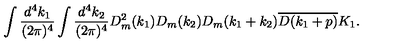
\begin{array} { c } { \displaystyle \int \frac { d ^ { 4 } k _ { 1 } } { ( 2 \pi ) ^ { 4 } } \int \frac { d ^ { 4 } k _ { 2 } } { ( 2 \pi ) ^ { 4 } } D _ { m } ^ { 2 } ( k _ { 1 } ) D _ { m } ( k _ { 2 } ) D _ { m } ( k _ { 1 } + k _ { 2 } ) \overline { { D ( k _ { 1 } + p ) } } K _ { 1 } . } \\ \end{array}